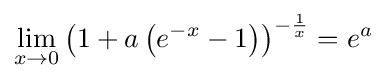
\lim _{x\to 0}\left(1+a\left({e^{-x}-1}\right)\right)^{-{\frac {1}{x}}}=e^{a}